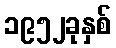
၁၉၅၂ခုနှစ်